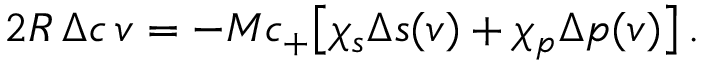
2 R \, \Delta c \, v = - M c _ { + } \big [ \chi _ { s } \Delta s ( v ) + \chi _ { p } \Delta p ( v ) \big ] \, .